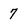
Character: 7